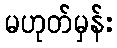
မဟုတ်မှန်း